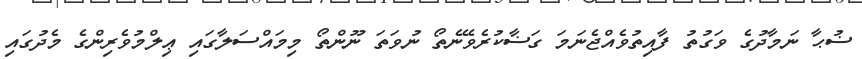
ޟުޙާ ނަމާދުގެ ވަގުތު ފާއިތުވެއްޖެނަމަ ގަޟާކުރެވޭނެތޯ ނުވަތަ ނޫންތޯ މިމައްސަލާގައި ޢިލްމުވެރިންގެ މެދުގައި